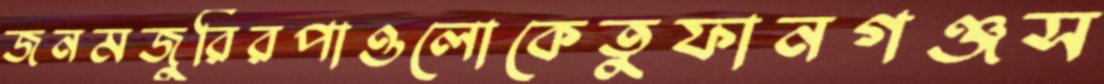
জনমজুরিরপাওলোকেতুফানগঞ্জস